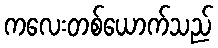
ကလေးတစ်ယောက်သည်